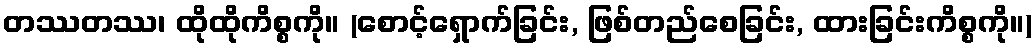
တဿတဿ၊ ထိုထိုကိစ္စကို။ (စောင့်ရှောက်ခြင်း, ဖြစ်တည်စေခြင်း, ထားခြင်းကိစ္စကို။)